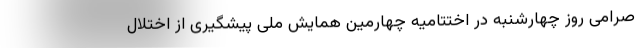
صرامی روز چهارشنبه در اختتامیه چهارمین همایش ملی پیشگیری از اختلال